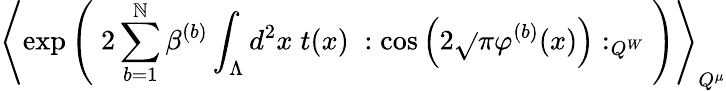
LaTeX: \left\langle\exp\left(\; 2\sum_{b=1}^{\mathbb{N}}\beta^{(b)}\int_{\Lambda}d^{2}x\; t(x)\; :\cos\left(2\sqrt{}{{\pi}}\varphi^{(b)}(x)\right):_{Q^{W}}\; \right)\right\rangle_{Q^{\mu}}